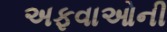
અફવાઓની